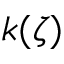
k ( \zeta )